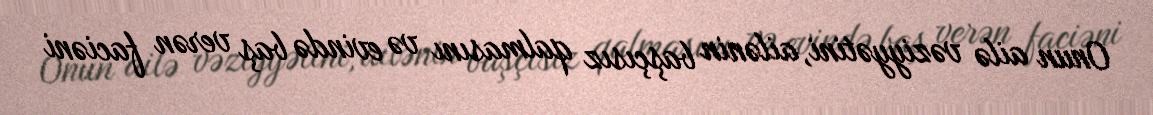
Onun ailə vəziyyətini, ailənin başçısız qalmasını və evində baş verən faciəni